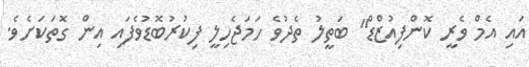
އައި އެމް ވެރީ ކޮންފިއުޒްޑް" ބަތީލު ތެދުވެ ހަމަޖެހިލީ ފިކުރުބޮޑުވެފައި އިން ގޮތަކަށެވެ.